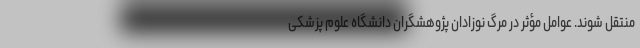
منتقل شوند. عوامل مؤثر در مرگ نوزادان پژوهشگران دانشگاه علوم پزشکی